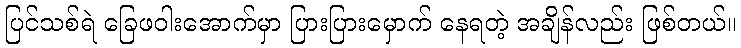
ပြင်သစ်ရဲ ခြေဖဝါးအောက်မှာ ပြားပြားမှောက် နေရတဲ့ အချိန်လည်း ဖြစ်တယ်။